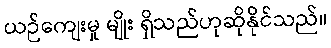
ယဉ်ကျေးမှု မျိုး ရှိသည်ဟုဆိုနိုင်သည်။